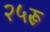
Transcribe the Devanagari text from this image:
२५रू